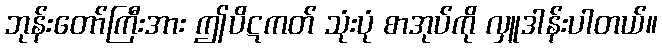
ဘုန်းတော်ကြီးအား ဤပိဋကတ် သုံးပုံ စာအုပ်ကို လှူဒါန်းပါတယ်။